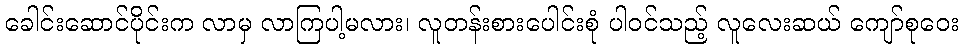
ခေါင်းဆောင်ပိုင်းက လာမှ လာကြပါ့မလား၊ လူတန်းစားပေါင်းစုံ ပါဝင်သည့် လူလေးဆယ် ကျော်စုဝေး